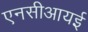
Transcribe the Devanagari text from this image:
एनसीआयई